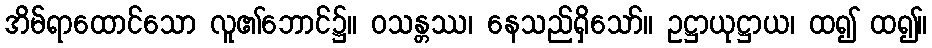
အိမ်ရာထောင်သော လူ၏ဘောင်၌။ ဝသန္တဿ၊ နေသည်ရှိသော်။ ဥဋ္ဌာယုဋ္ဌာယ၊ ထ၍ ထ၍။